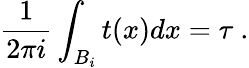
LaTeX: \frac{1}{2\pi i}\int_{B_{i}}t(x)dx=\tau\ .